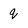
Character: q